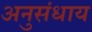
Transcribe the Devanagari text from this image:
अनुसंधाय